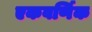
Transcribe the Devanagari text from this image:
एकवर्णिक